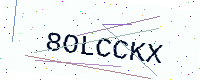
Text: 8OLCCKX